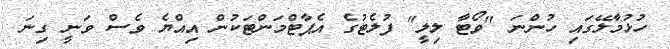
ހުޅުމާލޭގައި ހުންނަ "ވޯޓާ ލިލީ" ފުލެޓުގެ އެޕާޓްމަންޓަކުން އިއްޔެ ވެސް ވަނީ ގިނަ